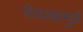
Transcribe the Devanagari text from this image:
पोचल्यामुळे